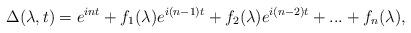
LaTeX: \begin{align*}\Delta(\lambda,t)=e^{int}+f_{1}(\lambda)e^{i(n-1)t}+f_{2}(\lambda)e^{i(n-2)t}+...+f_{n}(\lambda),\end{align*}